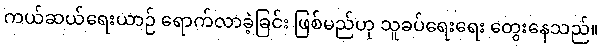
ကယ်ဆယ်ရေးယာဉ် ရောက်လာခဲ့ခြင်း ဖြစ်မည်ဟု သူခပ်ရေးရေး တွေးနေသည်။